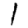
Digit: 1